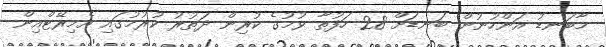
މާބަނޑު އަންހުނުން ބަނޑަށް 28 ހަފުތާ ވުމުގެ ކުރިން ދަތުރު ކުރުމުގައި އެމިރޭޓްއިން